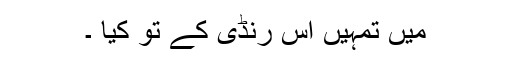
میں تمہیں اس رنڈی کے تو کیا ۔